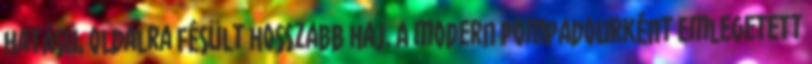
hatású, oldalra fésült hosszabb haj. A modern pompadourként emlegetett